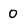
Character: 0